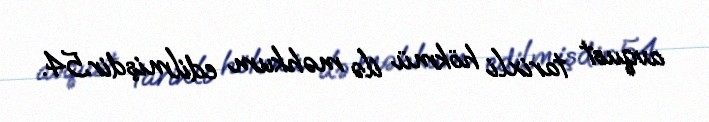
avqust tarixli hökmü ilə məhkum edilmişdir.54.